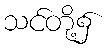
သင်တို့၌